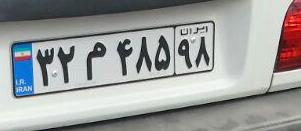
۳۲م۴۸۵۹۸